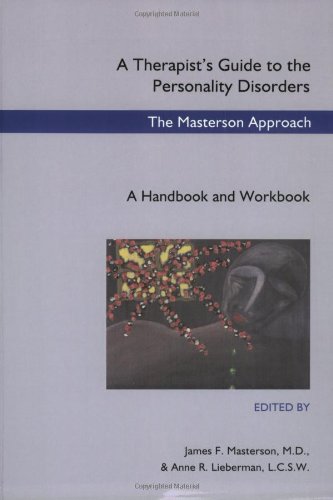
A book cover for A Therapist's Guide to the Personality Disorders: The Masterson Approach: A Handbook and Workbook; Health, Fitness & Dieting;